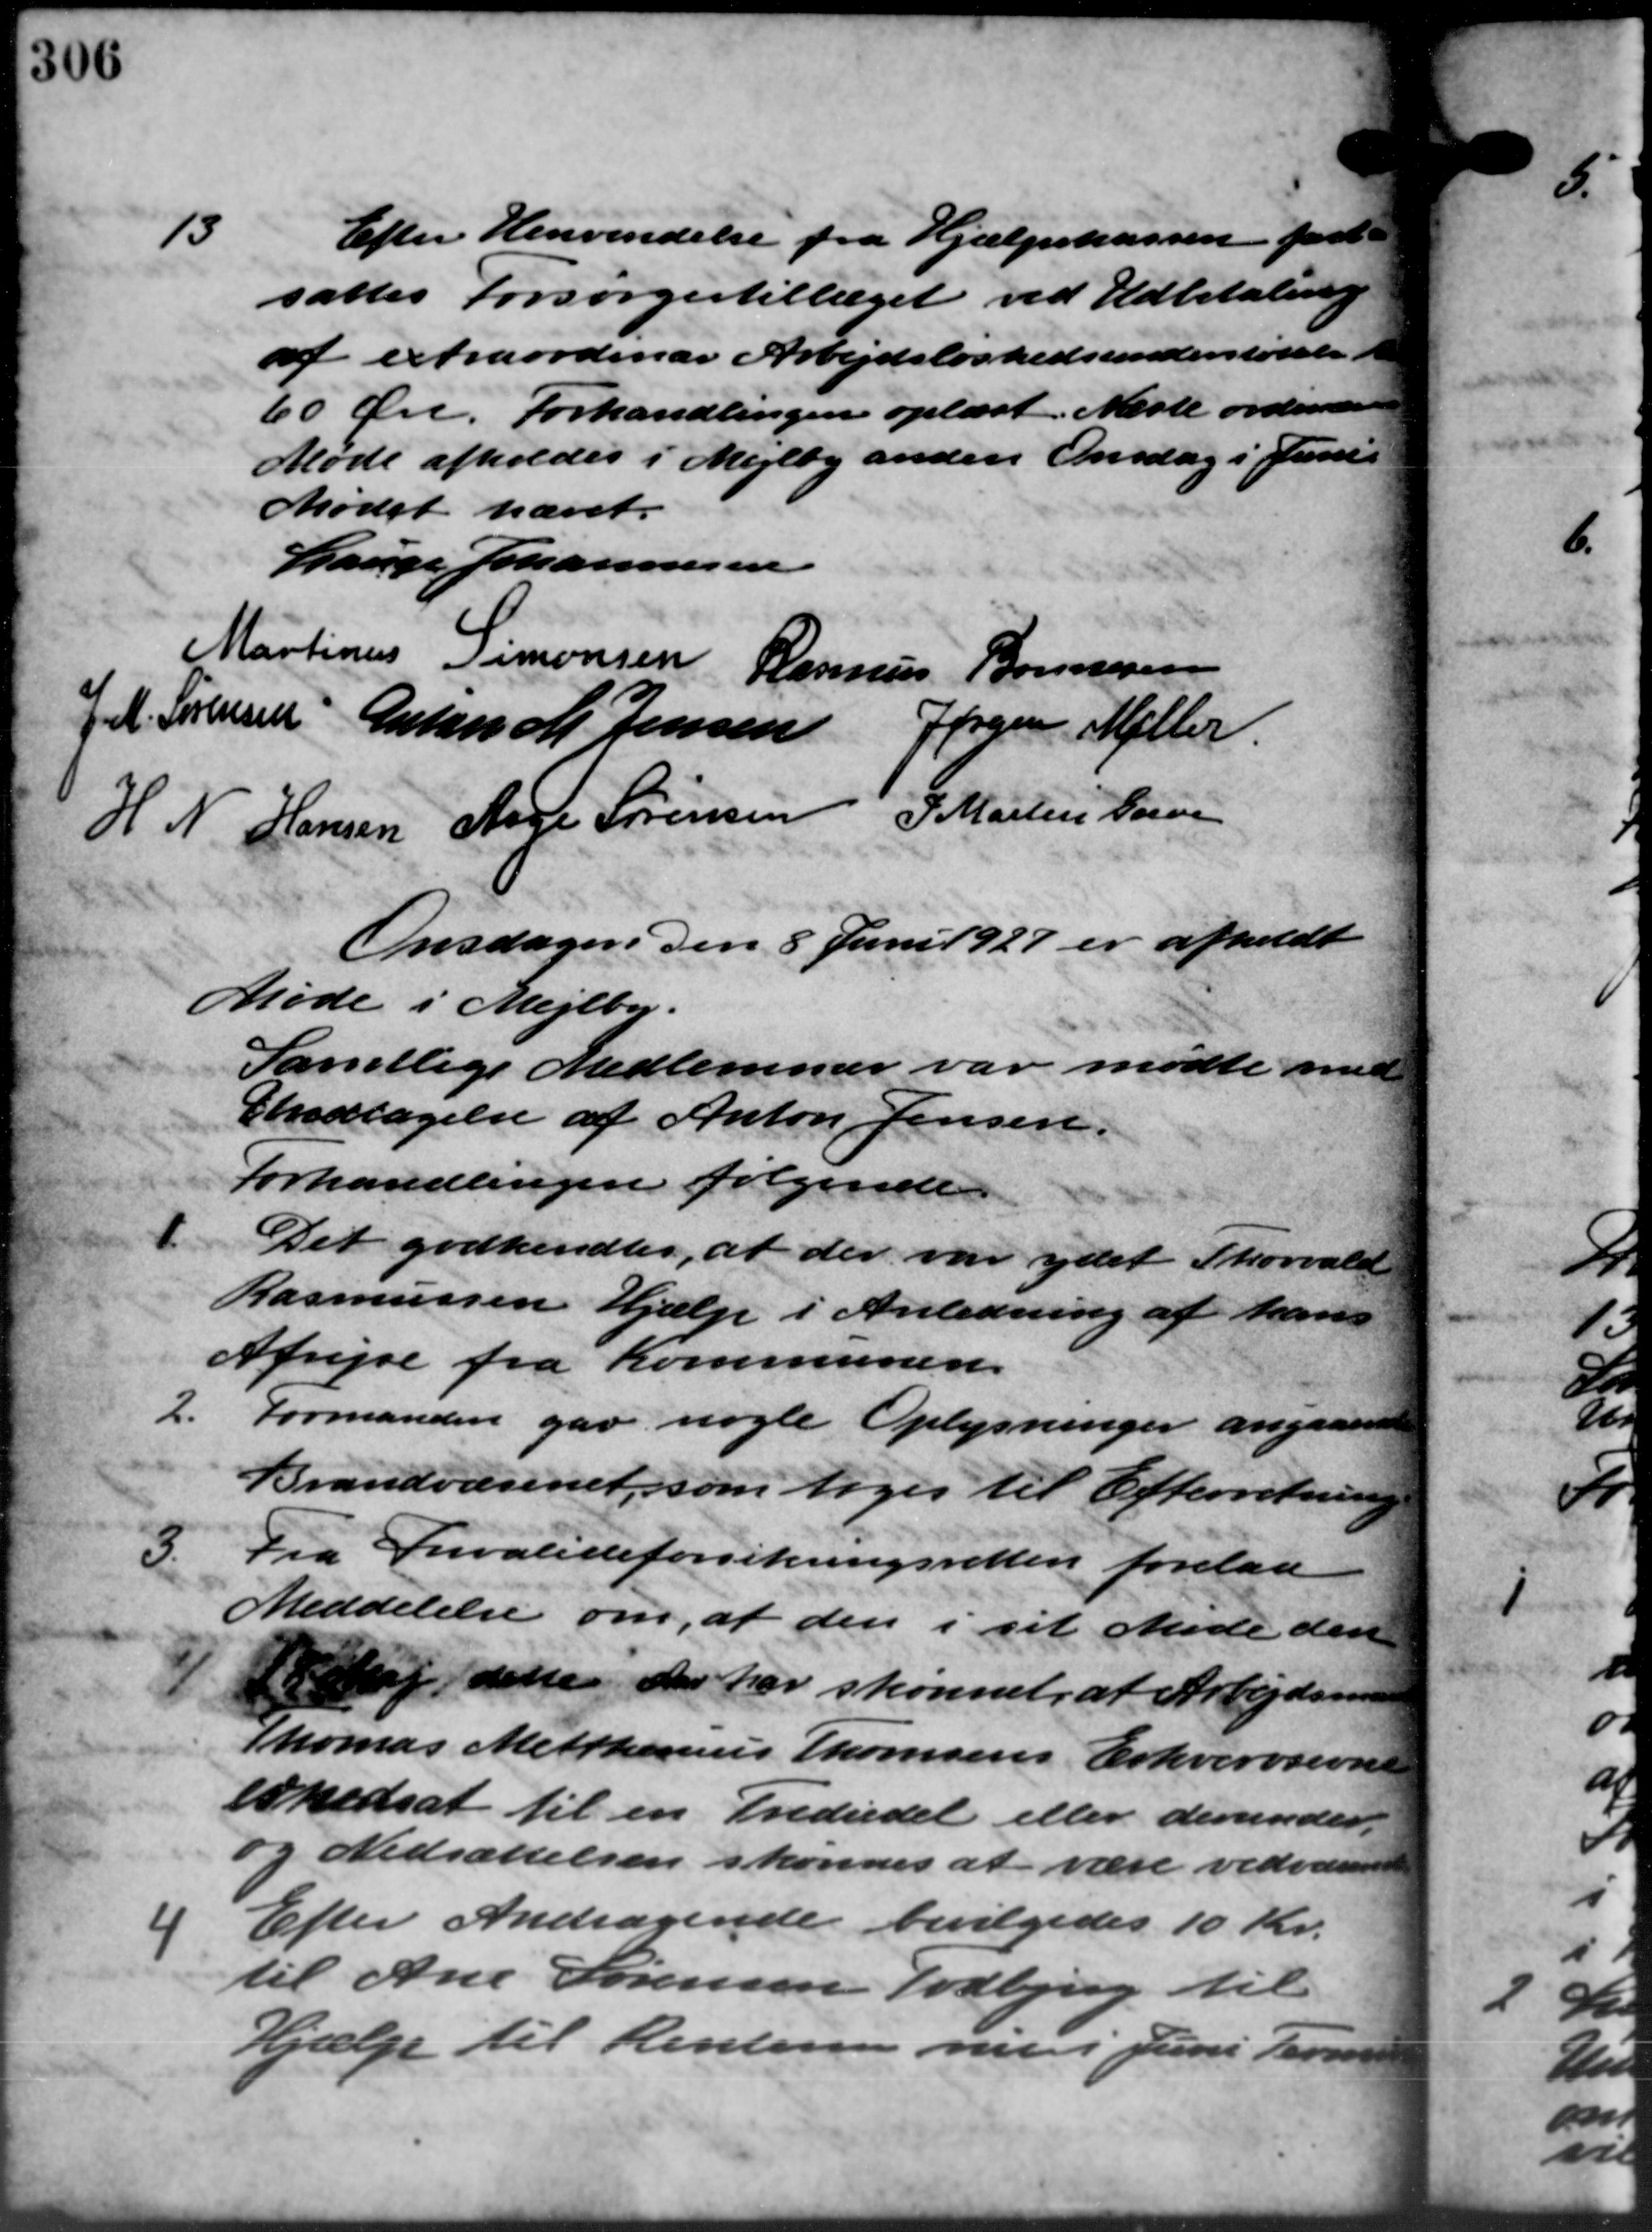
Transskription:
13
Efter Henvendelse fra Hjælpekassen fast -
sattes Forsørgestillæget ved Udbetaling
af extraordinær Arbejdsløshedsunderstøttelse i
60 Øre. Forhandlingen oplæst. Næste ordinære
Møde afholdes i Mejlby anden Onsdag i Juni
Mødet hævet.
Lauge Johannesen
Martinus Simonsen Rasmus Bonnesen
J. M. Sørensen Anton M. Jensen Jørgen Møller
H. N. Hansen Aage Sørensen P. Martin Larsen
Onsdagen den 8 Juni 1927 er afholdt
Møde i Mejlby.
Samtlige Medlemmer var mødte med
Undtagelse af Anton Jensen.
Forhandlingen følgende
1.
Det godkendtes, at der var ydet Thorvald
Rasmussen Hjælp i Anledning af hans
Afrejse fra Kommunen.
2.
Formanden gav nogle Oplysninger angaaende
Brandvæsenet, som toges til Efterretning
3.
Fra Invalideforsikringsretten forelaa
Meddelelse om, at den i sit Møde den
Mj dette der har skønnet, at Arbejdsm
Thomas Metthenius Thomsens Erhvervsevne
enedsat til en Trediedel eller derunder
og Nedsættelsen skondes at være vedvare
4
Efter Andragende bevilgedes 10 Kr.
til Ane Sørensen Todbjerg til
Hjælp til Rentere nu i Juni Termi